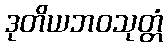
ဒုတိယဘဝသုတ္တံ